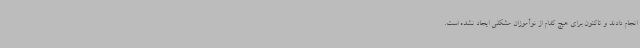
انجام دادند و تاکنون برای هیچ کدام از نوآموزان مشکلی ایجاد نشده است.